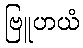
ဗြူဟယံ